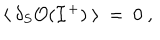
\langle ~ \delta _ { S } { \cal O } ( { \cal I } ^ { + } ) ~ \rangle ~ = ~ 0 ~ ,